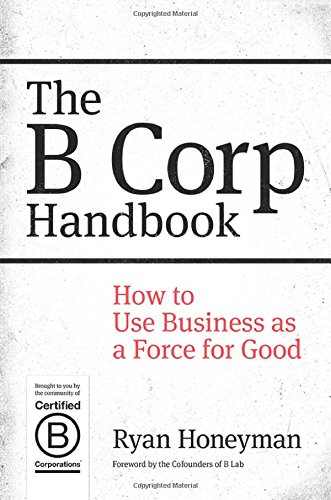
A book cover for The B Corp Handbook: How to Use Business as a Force for Good; Ryan Honeyman; Business & Money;